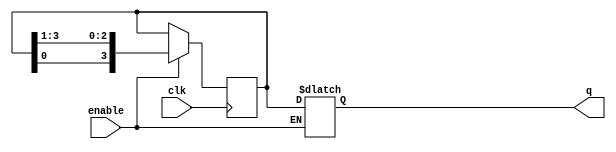
module johnson_counter (
    input wire clk,
    input wire enable,
    output reg [3:0] q
);

reg [3:0] temp_reg;

always @(posedge clk) begin
    if(enable) begin
        temp_reg <= {temp_reg[0], temp_reg[3:1]};
    end
end

always @(*) begin
    if(enable) begin
        q = temp_reg;
    end
end

endmodule